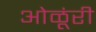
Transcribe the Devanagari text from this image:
ओळूंरी